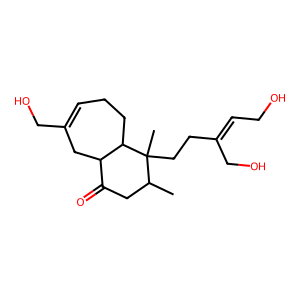
SMILES: CC1CC(=O)C2CC(CO)=CCCC2C1(C)CCC(=CCO)CO
Inhibits HIV replication: No